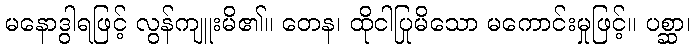
မနောဒွါရဖြင့် လွန်ကျူးမိ၏။ တေန၊ ထိုငါပြုမိသော မကောင်းမှုဖြင့်။ ပစ္ဆာ၊